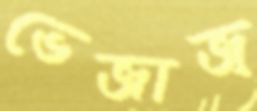
ভেজাজ্